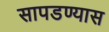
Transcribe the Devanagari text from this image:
सापडण्यास